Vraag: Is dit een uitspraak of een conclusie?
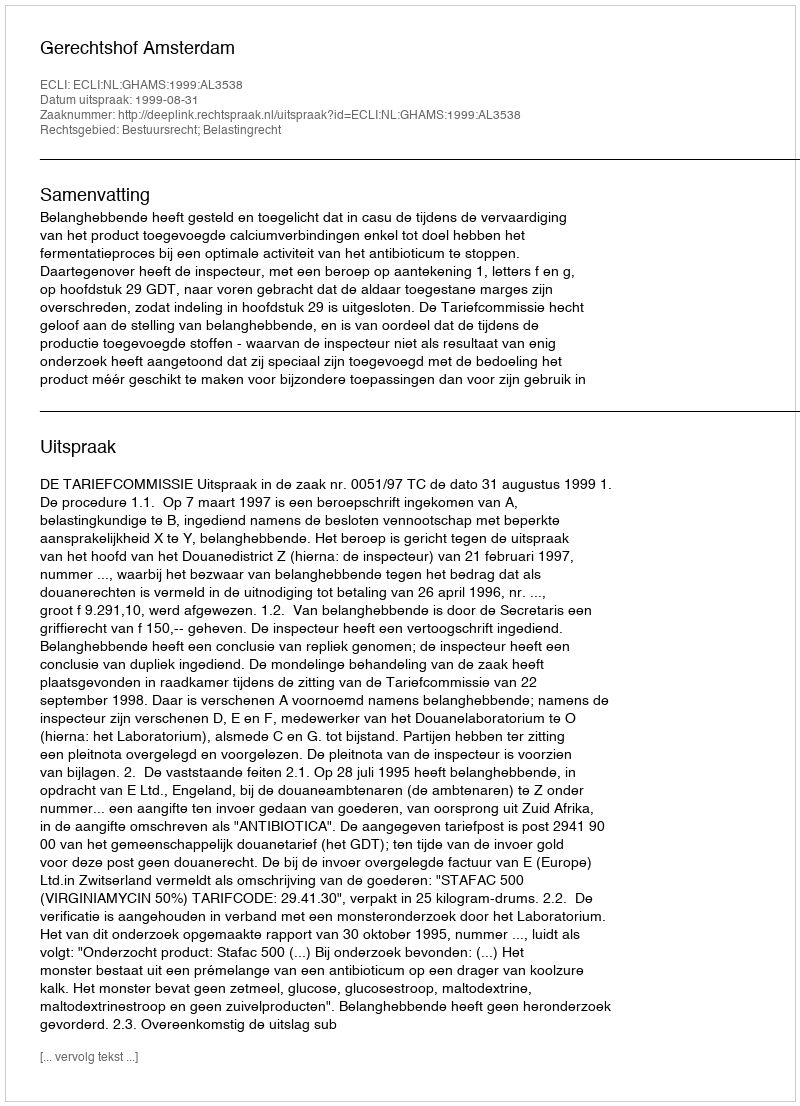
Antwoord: Uitspraak